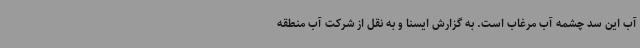
آب این سد چشمه آب مرغاب است. به گزارش ایسنا و به نقل از شرکت آب منطقه